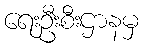
ရေးဦးစီးဌာနမှ